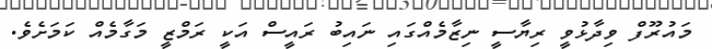
މައުރޫފް ވިދާޅުވީ ރިޔާސީ ނިޒާމެއްގައި ނައިބު ރައީސް އަކީ ރަމްޒީ މަގާމެއް ކަމަށެވެ.